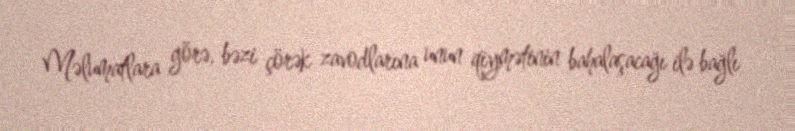
Məlumatlara görə, bəzi çörək zavodlarına unun qiymətinin bahalaşacağı ilə bağlı